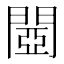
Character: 閸